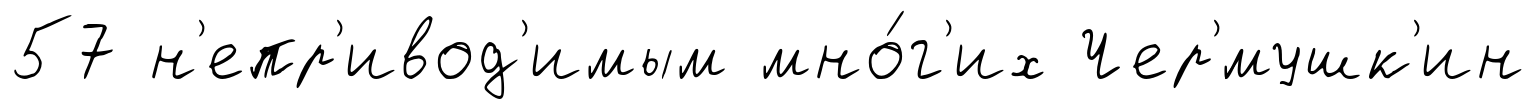
57 н'епр'ивод'имым мно́г'их Чер'́мушк'ин